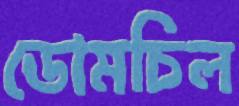
ডোমচিল